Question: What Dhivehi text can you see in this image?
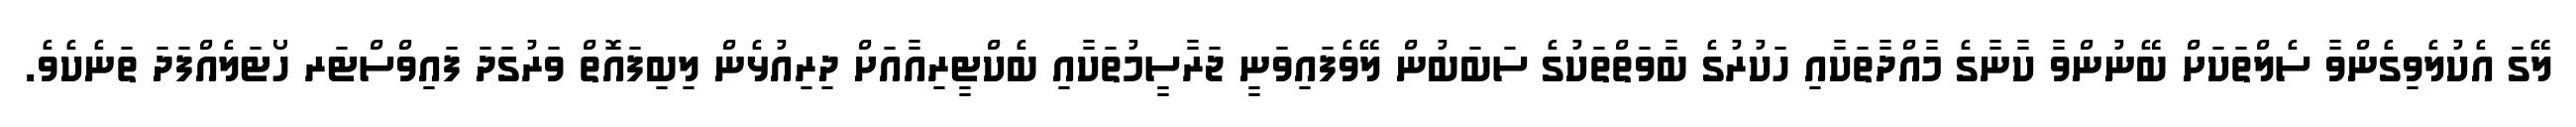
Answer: ލޭގަ އެކުލެވިގެންވާ ސެލްތަކަށް ބޭނުންވާ ކާނާގެ މާއްދާތަކާއި ހަކުރުގެ ބާވަތްތަކުގެ ސަބަބުން ލޭވެފައިވަނީ ޖަރާސީމުތަކާއި ބެކްޓީރިއާއަށް ދިރިއުޅެން ލިބިފައޮތް ވަރުގަދަ ފައިވްސްޓަރ ހޯޓަލެއްފަދަ ތަނެކެވެ.